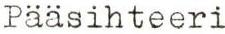
Pääsihteeri